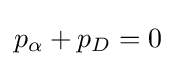
p_{\alpha }+p_{D}=0